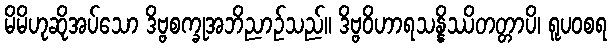
မိမိဟုဆိုအပ်သော ဒိဗ္ဗစက္ခုအဘိညာဉ်သည်။ ဒိဗ္ဗဝိဟာရသန္နိဿိတတ္တာပိ၊ ရူပဝစရ